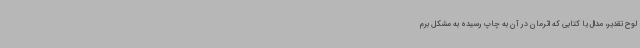
لوح تقدیر، مدال یا کتابی که اثرمان در آن به چاپ رسیده به مشکل برم